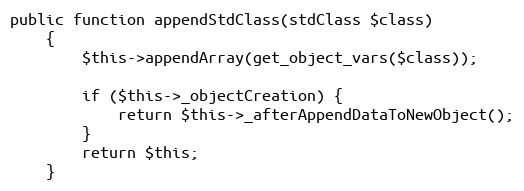
Language: PHP
public function appendStdClass(stdClass $class)
    {
        $this->appendArray(get_object_vars($class));

        if ($this->_objectCreation) {
            return $this->_afterAppendDataToNewObject();
        }
        return $this;
    }